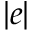
| e |